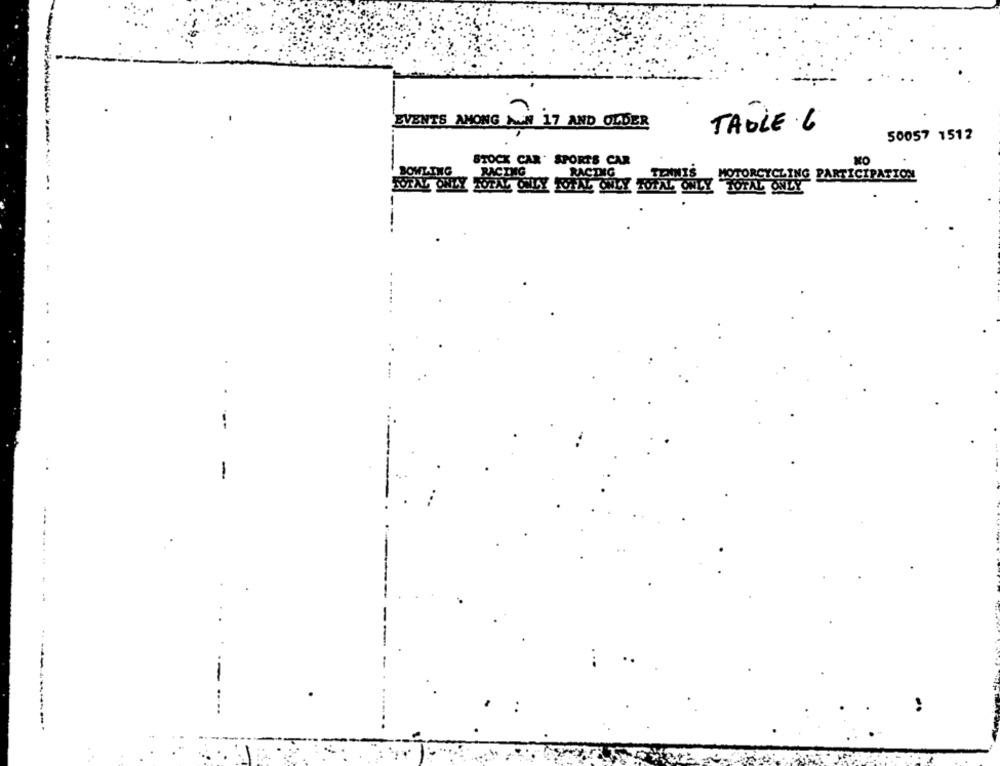
EVENTS AMONG MAN 17 AND OLDER
TABLE 6
50057 1512
STOCK CAR SPORTS CAR
NO
BOWLING
RACING
RACING
MOTORCYCLING PARTICIPATION
TOTAL SALLY TOFLY ONLY TOFAL ONLY TOTAL ONLY
....
-
--